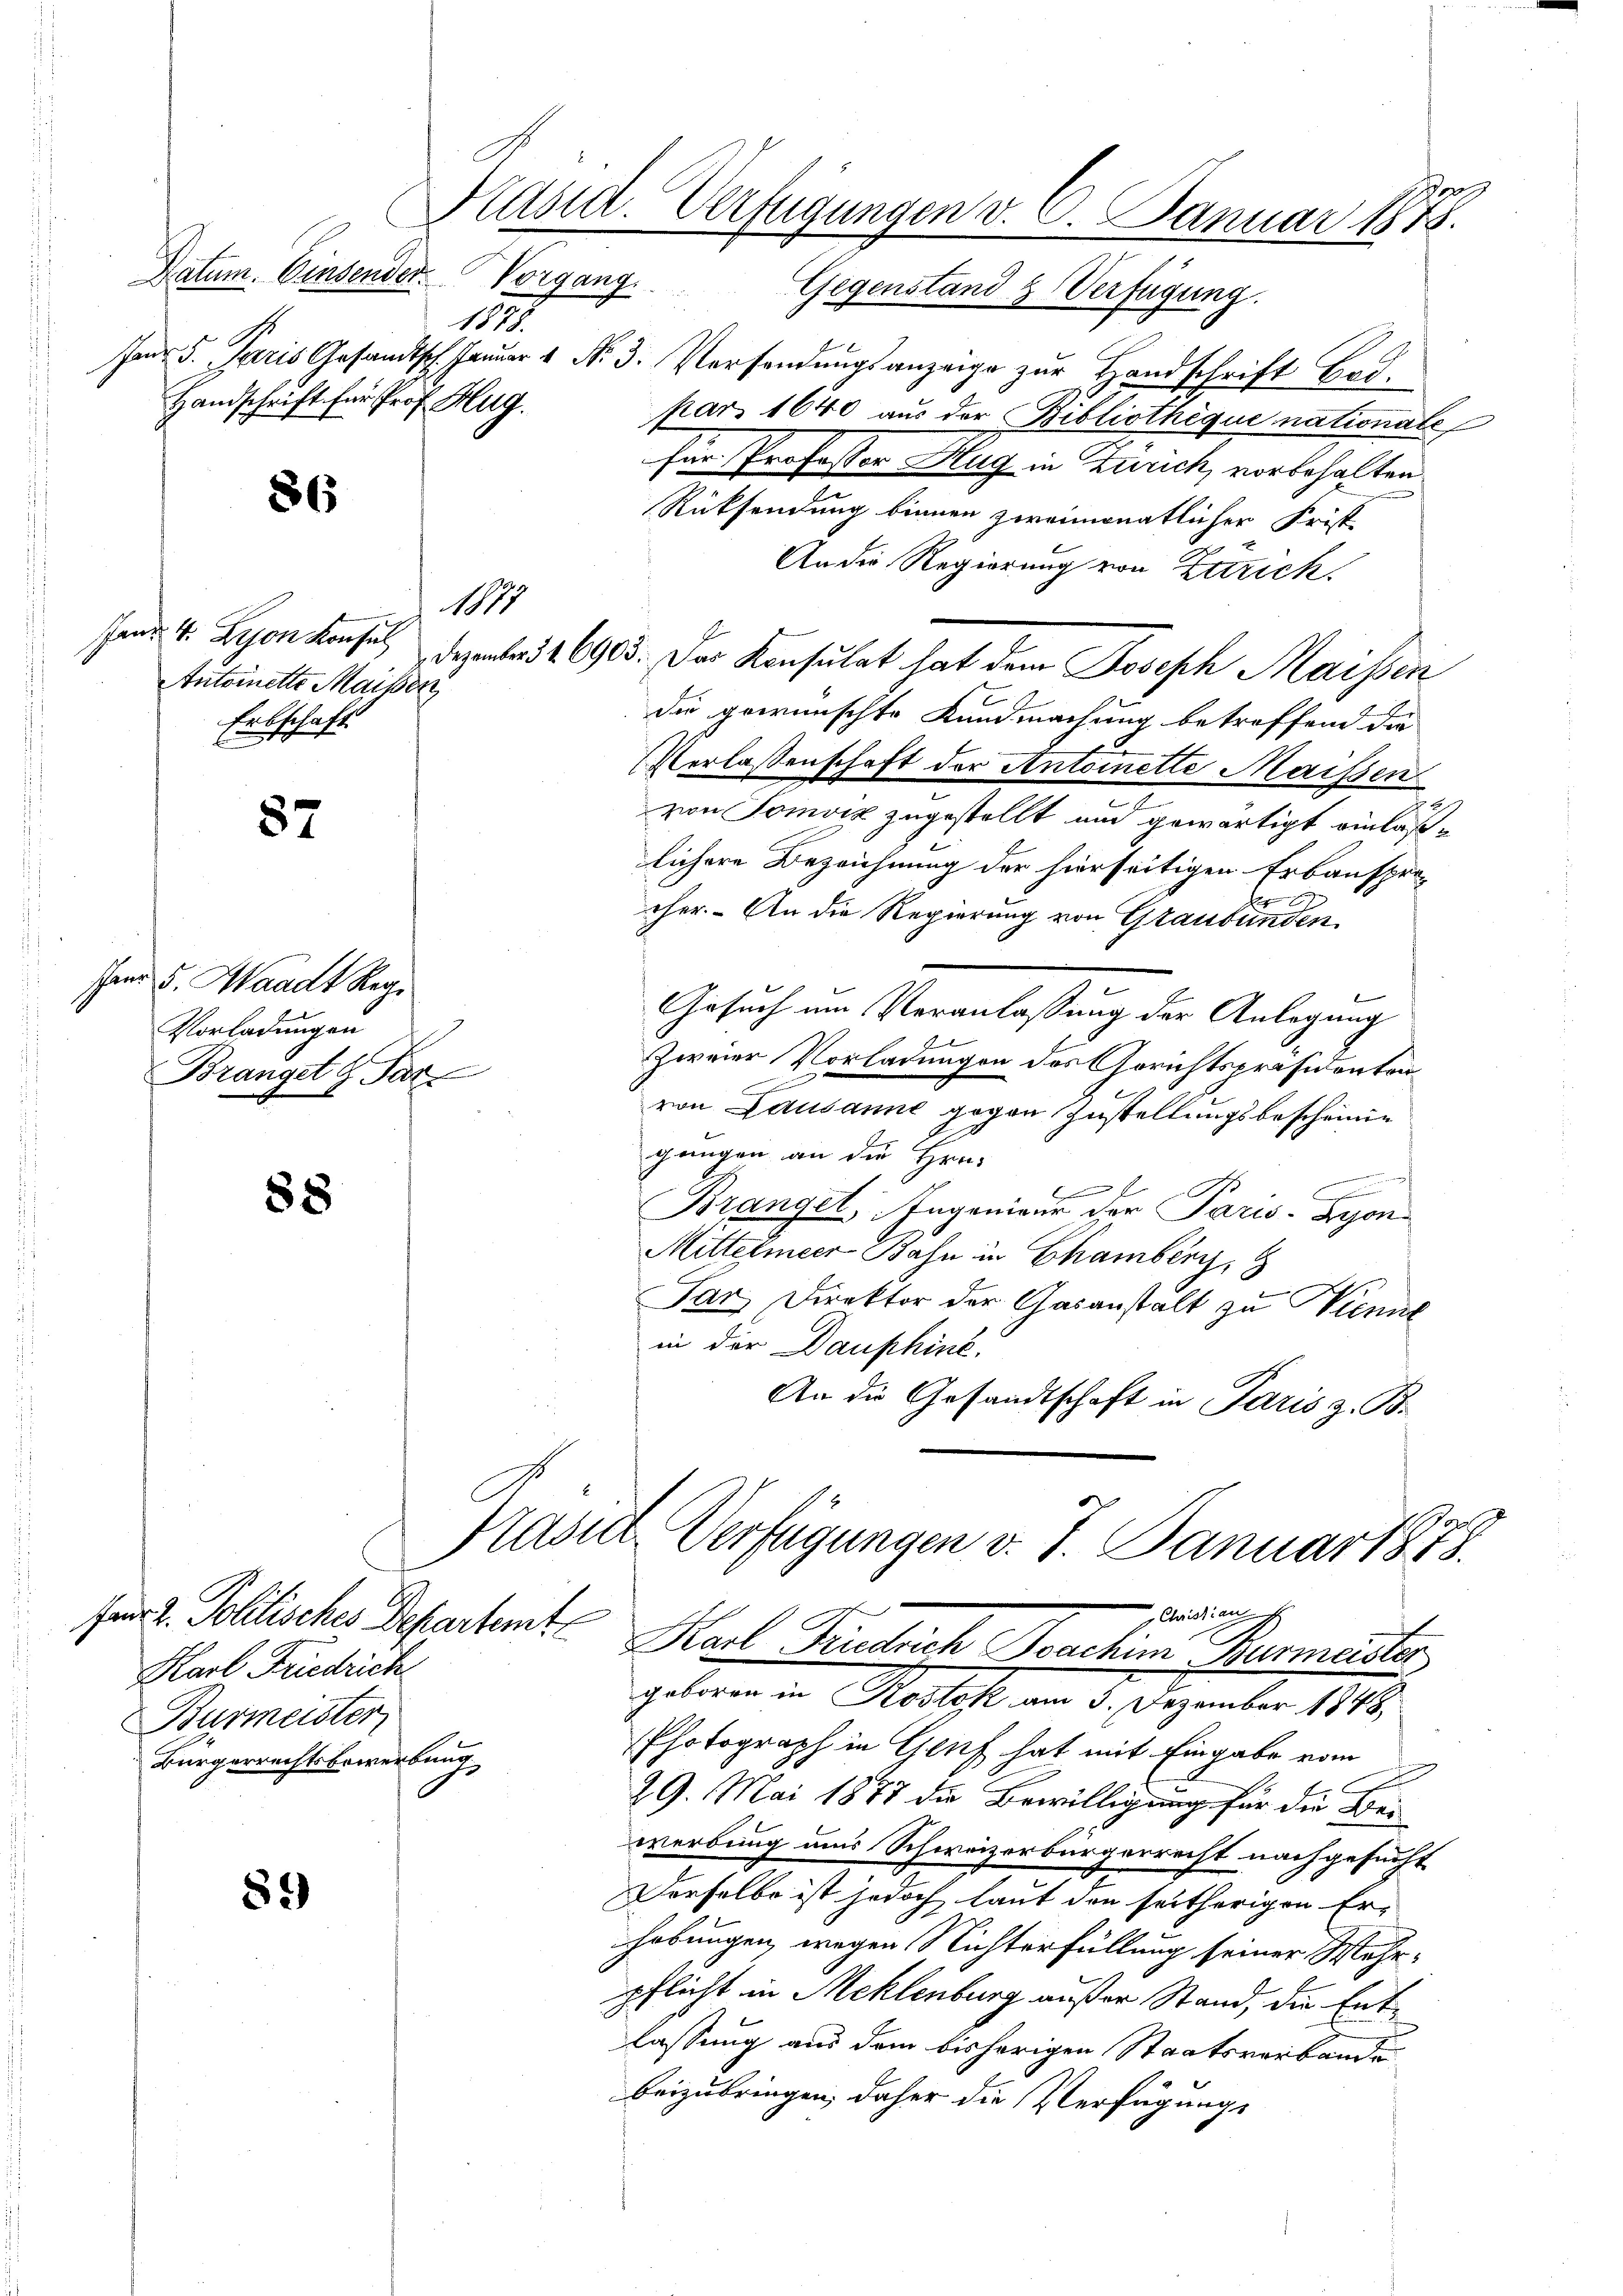
Natum. Einsender. Vorgang. Gegenstand & Verfügung.
1578.
Handschrift für Prof. Hug.

fand 4. Lyon Konsul
Antoinette Maiser
Erbschaft.

87

shand u. Waadt Regi
Vorladungen
Branget 9 Par

88

8.)

86

Jar 5. Paris Gesandtsch. Januar 1 No 3. Versendungsanzeige zur Handschrift Bodpars 1640 aus der Bibliothèque nationale
für Professor Hug in Zürich, vorbehalten.
Rücksendung binnen zweimonatlicher Frist-
An die Regierung von Zutrick.
Dezalend 16905. Der Konsulat hat dem Joseph Maissen
.
die gewünschte Kundmachung betreffend die
Verlassenschaft der Antoinette Maissen
von Somviz zugestellt und gewärtigt einläßlichere Bezeichnung der hierseitigen Erbauspre-
cher. - An die Regierung von Graubünden
Gesuch um Veranlassung der Anlegung
zweier Vorladungen des Gerichtspräsidenten

von Lausanne gegen Zustellungsbescheinig
gungen an die Hrn.
C
Brangel, Ingenieur der Paris. Lyon
Mittelmeer Bahn in Chamber
Jar Direktor der Gasanstalt zu Kient
in der Dauphine.
An die Gesandtschaft in Paris z. B.
Pravit Verfügungen v. 7. Januar 1858.

1877

für 2. Politisches Departemte
Karl Friedrich
Burmeister
Bürgerrechtsbewerbung

Präsid. Verfügungen v. 9. Januar 1878.

Cristian
Karl Friedrich Boachim Burmeister

geboren in Kostok am 3. Dezember 1848
Photograph in Genf hat mit Eingabe vom
29. Mai 1877 die Bewilligung für die Bei
werbung und Schweizerbürgerrecht nachgesucht
Derselbe ist jedoch laut den seitherigen Er-
habungen, wegen Nichterfüllung seiner Mehrpflicht in Mehlenburg außer Stand, die Entlassung aus dem bisherigen Staatsverbande
beizubringen, daher die Verfügungs